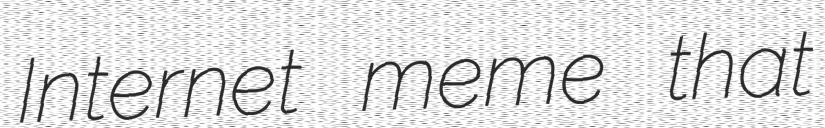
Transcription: Internet meme that